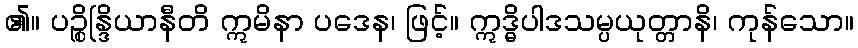
၏။ ပဉ္စိန္ဒြိယာနီတိ ဣမိနာ ပဒေန၊ ဖြင့်။ ဣဒ္ဓိပါဒသမ္ပယုတ္တာနိ၊ ကုန်သော။